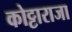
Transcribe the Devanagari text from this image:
कोट्टाराजा